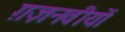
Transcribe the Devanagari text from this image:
ग़ज़नवीयों